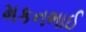
મકનભાઈ